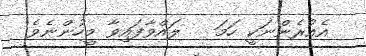
އެއުރެންނަކީ ހަމަ   ލައްވާފައިވާ މީހުންނެވެ.